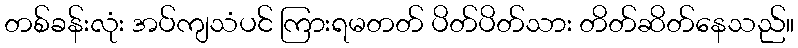
တစ်ခန်းလုံး အပ်ကျသံပင် ကြားရမတတ် ပိတ်ပိတ်သား တိတ်ဆိတ်နေသည်။